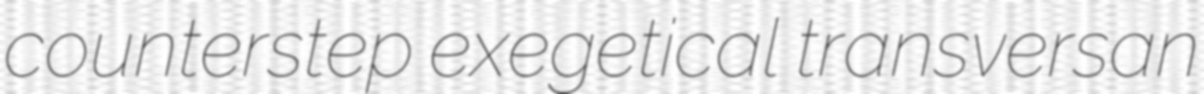
counterstep exegetical transversan